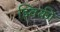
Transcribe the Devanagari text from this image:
झ्विकी